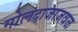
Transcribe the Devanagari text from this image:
गोलंदाजाजवळ